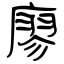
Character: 廖